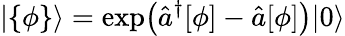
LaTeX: |\{ \phi\} \rangle=\exp\bigl(\hat{a}^{\dagger}[\phi]-\hat{a}[\phi]\bigr)|0\rangle